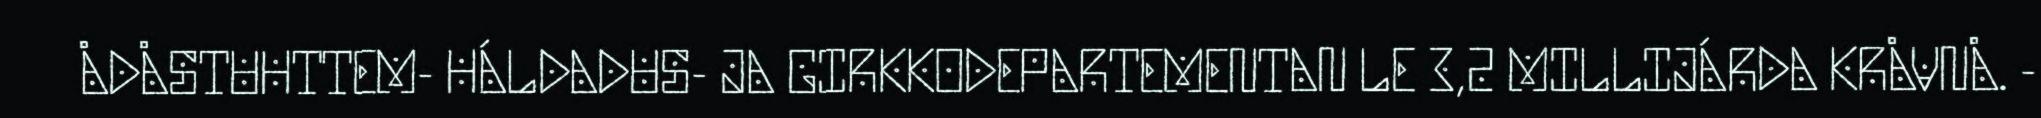
ÅDÅSTUHTTEM- HÁLDADUS- JA GIRKKODEPARTEMENTAN LE 3,2 MILLIJÁRDA KRÅVNÅ. -